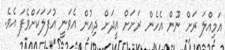
އަމިއްލަ ރަށް ނޫން އެހެން ރަށަށް އީދަށް ދިއުން އެވަނީ އުފަލަކަށްވެފަ އެވެ.